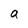
Character: a